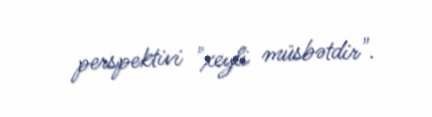
perspektivi "xeyli müsbətdir".